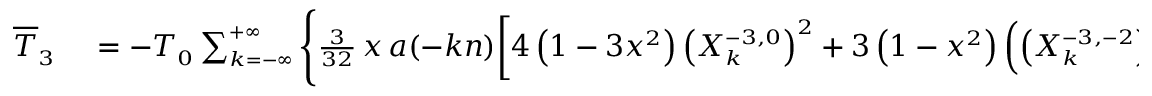
\small \begin{array} { r l } { \overline { T } _ { 3 } } & { { } = - { \cal T } _ { 0 } \sum _ { k = - \infty } ^ { + \infty } \Bigg \{ \frac { 3 } { 3 2 } \, x \, a ( - k n ) \bigg [ 4 \left( 1 - 3 x ^ { 2 } \right) \left( X _ { k } ^ { - 3 , 0 } \right) ^ { 2 } + 3 \left( 1 - x ^ { 2 } \right) \left( \left( X _ { k } ^ { - 3 , - 2 } \right) ^ { 2 } + \left( X _ { k } ^ { - 3 , 2 } \right) ^ { 2 } \right) \bigg ] } \end{array}